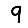
Digit: 9